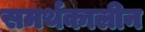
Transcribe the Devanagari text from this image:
समर्थकालीन